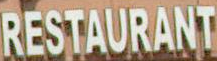
RESTAURANT